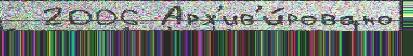
  2006 Арх'ив'и́ровано